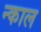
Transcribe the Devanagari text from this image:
न्काल